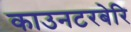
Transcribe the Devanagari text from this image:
काउनटरबेरि